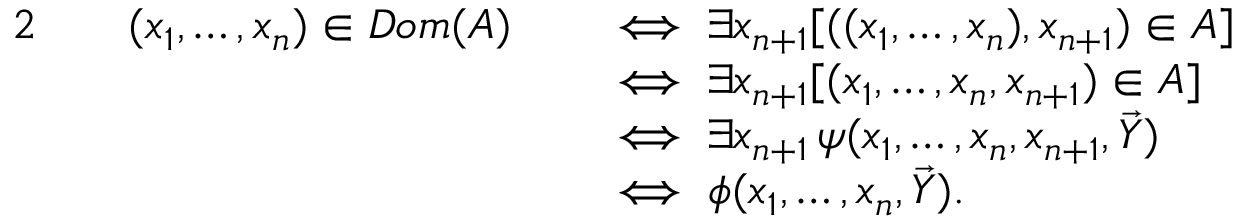
{ \begin{array} { r l r l } { { 2 } \quad } & { ( x _ { 1 } , \ldots , x _ { n } ) \in D o m ( A ) } & & { \iff \exists x _ { n + 1 } [ ( ( x _ { 1 } , \ldots , x _ { n } ) , x _ { n + 1 } ) \in A ] } \\ & { } & & { \iff \exists x _ { n + 1 } [ ( x _ { 1 } , \ldots , x _ { n } , x _ { n + 1 } ) \in A ] } \\ & { } & & { \iff \exists x _ { n + 1 } \, \psi ( x _ { 1 } , \ldots , x _ { n } , x _ { n + 1 } , { \vec { Y } } ) } \\ & { } & & { \iff \phi ( x _ { 1 } , \ldots , x _ { n } , { \vec { Y } } ) . } \end{array} }